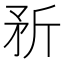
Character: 𪿆